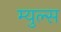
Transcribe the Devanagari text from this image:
म्युल्स